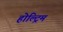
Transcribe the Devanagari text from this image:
होल्ट्रिम